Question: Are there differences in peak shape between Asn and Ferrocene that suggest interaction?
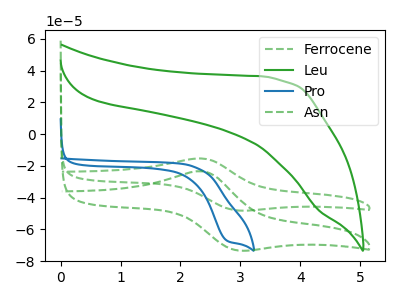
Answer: <think>The green dashed curve "Ferrocene" has an anodic peak at (2.35V, -15.35uA) and a cathodic peak at (2.95V, -48.00uA). The green curve "Leu" has no peaks. The blue curve "Pro" has a cathodic peak at: (2.75V, -66.95uA). The green dashed curve "Asn" has an anodic peak at (2.35V, -23.40uA) and a cathodic peak at (2.95V, -73.10uA).
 All the peaks in "Asn" have a peak in "Ferrocene" at the same potential.</think>
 <answer>No, "Asn" and "Ferrocene" don't appear to be significantly different in shape</answer>
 <eval>no_change</eval>